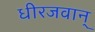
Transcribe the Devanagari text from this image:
धीरजवान्